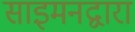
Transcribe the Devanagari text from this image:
साइमनद्वारा